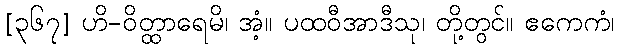
[၃၆၇] ဟိ-ဝိတ္ထာရေမိ၊ အံ့။ ပထဝီအာဒီသု၊ တို့တွင်။ ဧကေကံ၊